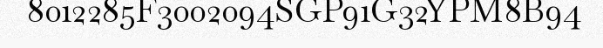
8012285F3002094SGP91G32YPM8B94